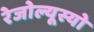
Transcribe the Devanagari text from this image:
रेजोल्यूस्यो